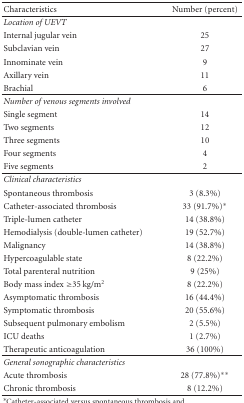
<table><thead><tr><td><b> Characteristics</b></td><td><b>Number (percent)</b></td></tr></thead><tbody><tr><td><i>Location of UEVT</i></td><td></td></tr><tr><td>Internal jugular vein</td><td>25</td></tr><tr><td>Subclavian vein</td><td>27</td></tr><tr><td>Innominate vein</td><td>9</td></tr><tr><td>Axillary vein</td><td>11</td></tr><tr><td>Brachial</td><td>6</td></tr><tr><td><i>Number of venous segments involved</i></td><td></td></tr><tr><td>Single segment</td><td>14</td></tr><tr><td>Two segments</td><td>12</td></tr><tr><td>Three segments</td><td>10</td></tr><tr><td>Four segments</td><td>4</td></tr><tr><td>Five segments</td><td>2 </td></tr><tr><td><i>Clinical characteristics</i></td><td></td></tr><tr><td>Spontaneous thrombosis</td><td>3 (8.3%)</td></tr><tr><td>Catheter-associated thrombosis</td><td>33 (91.7%)*</td></tr><tr><td>Triple-lumen catheter</td><td>14 (38.8%)</td></tr><tr><td>Hemodialysis (double-lumen catheter)</td><td>19 (52.7%)</td></tr><tr><td>Malignancy</td><td>14 (38.8%)</td></tr><tr><td>Hypercoagulable state</td><td>8 (22.2%)</td></tr><tr><td>Total parenteral nutrition</td><td>9 (25%)</td></tr><tr><td>Body mass index ≥35 kg/m<sup>2</sup></td><td>8 (22.2%)</td></tr><tr><td>Asymptomatic thrombosis</td><td>16 (44.4%)</td></tr><tr><td>Symptomatic thrombosis</td><td>20 (55.6%)</td></tr><tr><td>Subsequent pulmonary embolism</td><td>2 (5.5%)</td></tr><tr><td>ICU deaths</td><td>1 (2.7%)</td></tr><tr><td>Therapeutic anticoagulation</td><td>36 (100%)</td></tr><tr><td><i>General sonographic characteristics</i></td><td></td></tr><tr><td>Acute thrombosis</td><td>28 (77.8%)**</td></tr><tr><td>Chronic thrombosis</td><td>8 (12.2%)</td></tr></tbody></table>